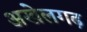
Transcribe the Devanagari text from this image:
अखेलगढ़